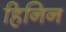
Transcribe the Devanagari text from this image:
हिनिन